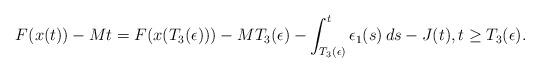
LaTeX: \begin{align*} F(x(t))-Mt=F(x(T_3(\epsilon)))-MT_3(\epsilon) - \int_{T_3(\epsilon)}^t \epsilon_1(s)\,ds - J(t), t\geq T_3(\epsilon).\end{align*}